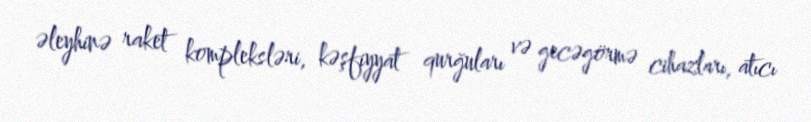
əleyhinə raket kompleksləri, kəşfiyyat qurğuları və gecəgörmə cihazları, atıcı